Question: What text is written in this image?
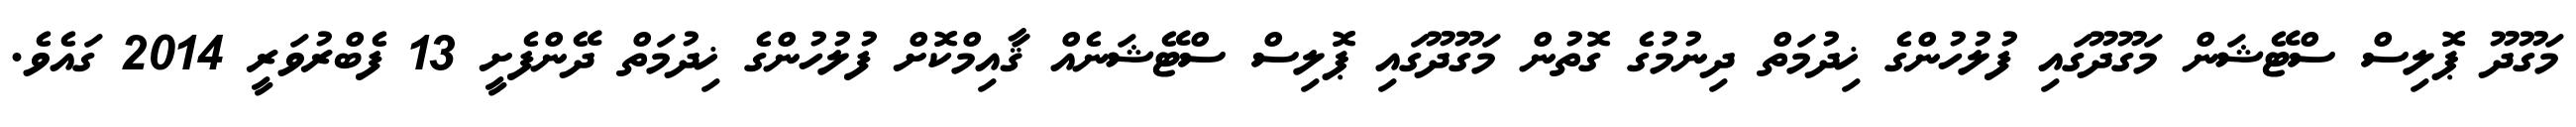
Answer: މަގޫދޫ ޕޮލިސް ސްޓޭޝަން މަގޫދޫގައި ފުލުހުންގެ ޚިދުމަތް ދިނުމުގެ ގޮތުން މަގޫދޫގައި ޕޮލިސް ސްޓޭޝަނެއް ޤާއިމްކޮށް ފުލުހުންގެ ޚިދުމަތް ދޭންފެށީ 13 ފެބްރުވަރީ 2014 ގައެވެ.